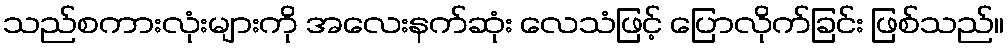
သည်စကားလုံးများကို အလေးနက်ဆုံး လေသံဖြင့် ပြောလိုက်ခြင်း ဖြစ်သည်။